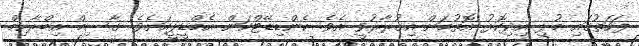
ފަހަތުގައި މުޅި އިދިކޮޅު އޮތުމަށް އިގުރާރުވީ އެވެ. ކެންޑިޑޭޓްކަން އެމްޑީޕީއަށެވެ. ގާސިމް އިބްރާހިމް